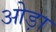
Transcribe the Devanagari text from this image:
ओड़ा